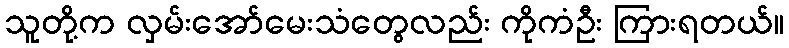
သူတို့က လှမ်းအော်မေးသံတွေလည်း ကိုကံဦး ကြားရတယ်။